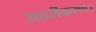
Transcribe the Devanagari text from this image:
उदारीकरण।